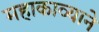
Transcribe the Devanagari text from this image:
महाकाव्याने